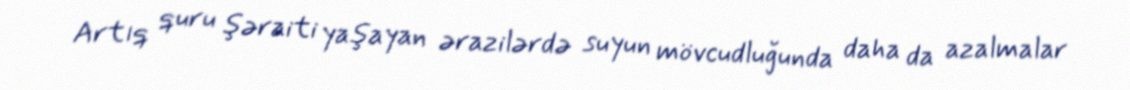
Artıq quru şəraiti yaşayan ərazilərdə suyun mövcudluğunda daha da azalmalar